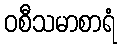
ဝစီသမာစာရံ